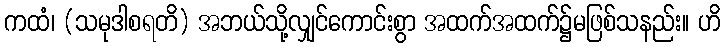
ကထံ၊ (သမုဒါစရတိ) အဘယ်သို့လျှင်ကောင်းစွာ အထက်အထက်၌မဖြစ်သနည်း။ ဟိ